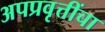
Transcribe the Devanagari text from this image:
अपप्रवृत्तींचा